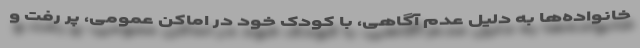
خانواده‌ها به دلیل عدم آگاهی، با کودک خود در اماکن عمومی، پر رفت و